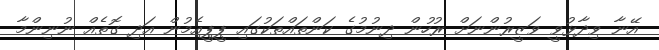
އޭނާ ވިދާޅުވީ ވަޒީރުންނަށް ރުހުން ދިނުމުގެ ކަންތައްތަކުގައި ޕީޕީއެމުން އަދި ގޮތެއް ނުނިންމާ